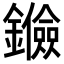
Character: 𨯘